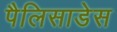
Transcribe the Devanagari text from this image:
पैलिसाडेस